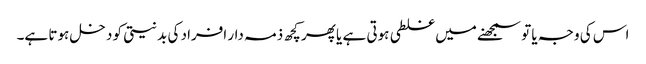
اس کی وجہ یا تو سمجھنے میں غلطی ہوتی ہے یا پھر کچھ ذمہ دار افراد کی بدنیتی کو دخل ہوتا ہے۔